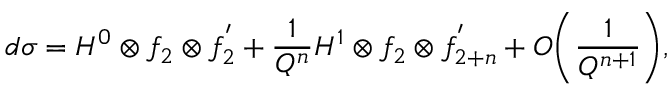
d \sigma = H ^ { 0 } \otimes f _ { 2 } \otimes f _ { 2 } ^ { ' } + { \frac { 1 } { Q ^ { n } } } H ^ { 1 } \otimes f _ { 2 } \otimes f _ { 2 + n } ^ { ' } + { \cal O } { \left( { \frac { 1 } { Q ^ { n + 1 } } } \right) } ,